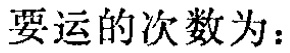
要运的次数为：